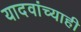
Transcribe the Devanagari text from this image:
यादवांच्याही